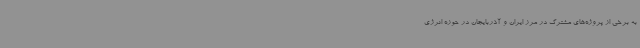
به برخی از پروژه‌های مشترک در مرز ایران و آذربایجان در حوزه انرژی